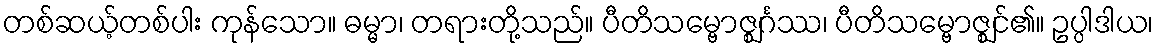
တစ်ဆယ့်တစ်ပါး ကုန်သော။ ဓမ္မာ၊ တရားတို့သည်။ ပီတိသမ္ဗောဇ္ဈင်္ဂဿ၊ ပီတိသမ္ဗောဇ္ဈင်၏။ ဥပ္ပါဒါယ၊